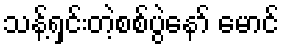
သန့်ရှင်းတဲ့စစ်ပွဲနော် မောင်